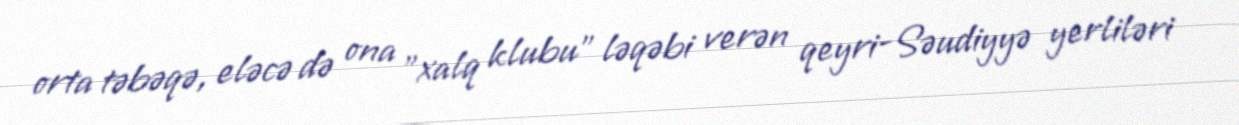
orta təbəqə, eləcə də ona "xalq klubu" ləqəbi verən qeyri-Səudiyyə yerliləri